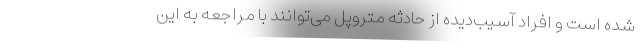
شده است و افراد آسیب‌دیده از حادثه متروپل می‌توانند با مراجعه به این